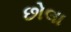
છોલા